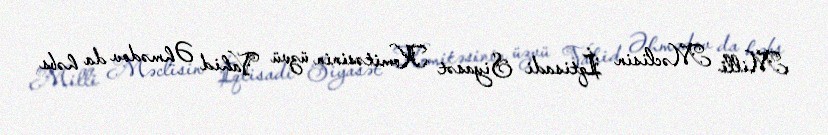
Milli Məclisin İqtisadi Siyasət Komitəsinin üzvü Vahid Əhmədov da həbs